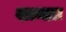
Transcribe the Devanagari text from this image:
शान्ताः